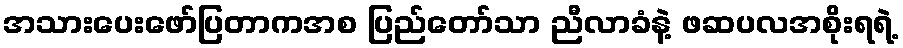
အသားပေးဖော်ပြတာကအစ ပြည်တော်သာ ညီလာခံနဲ့ ဖဆပလအစိုးရရဲ့